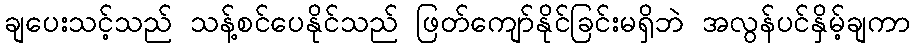
ချပေးသင့်သည် သန့်စင်ပေနိုင်သည် ဖြတ်ကျော်နိုင်ခြင်းမရှိဘဲ အလွန်ပင်နှိမ့်ချကာ